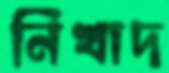
নিখাদ